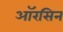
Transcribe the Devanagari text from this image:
ऑरसिन